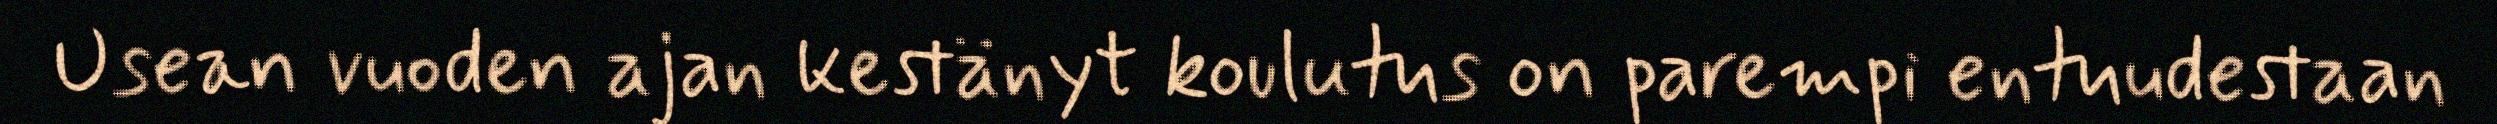
Usean vuoden ajan kestänyt koulutus on parempi entuudestaan